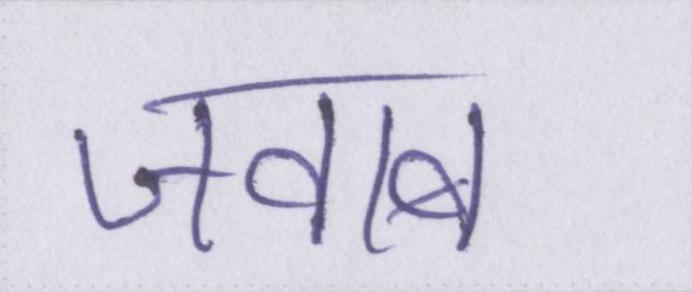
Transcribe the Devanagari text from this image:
जवाब